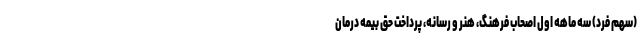
(سهم فرد) سه ماهه اول اصحاب فرهنگ، هنر و رسانه، پرداخت حق بیمه درمان